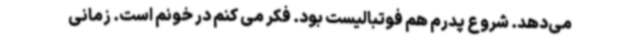
می‌دهد. شروع پدرم هم فوتبالیست بود. فکر می کنم در خونم است. زمانی